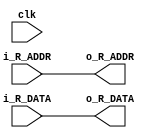
module delay_a_clock(
    input [13:0] i_R_ADDR, 
    input [7:0] i_R_DATA,
    input clk,
    output [7:0] o_R_DATA,
    output [13:0] o_R_ADDR
);

reg [13:0] o_R_ADDR_0,o_R_ADDR_1,o_R_ADDR_2;
reg [7:0] o_R_DATA_0;
//
reg [7:0] o_R_DATA_1, o_R_DATA_2;
//
assign o_R_DATA = o_R_DATA_2;
assign o_R_ADDR = o_R_ADDR_2;
/*
always@(clk) begin
    o_R_ADDR_0 <= i_R_ADDR ;
    o_R_ADDR_1 <= o_R_ADDR_0; 
end

always@(i_R_DATA)begin
    o_R_DATA_0 <= i_R_DATA;
    o_R_ADDR_2 <= o_R_ADDR_1;
end
*/



always@(clk) begin
    o_R_ADDR_0 <= i_R_ADDR ;
    o_R_ADDR_1 <= o_R_ADDR_0;
    o_R_DATA_0 <= i_R_DATA;
    o_R_DATA_1 <= o_R_DATA_0;
end

always@(i_R_DATA)begin
    o_R_DATA_2 <= o_R_DATA_1;
    o_R_ADDR_2 <= o_R_ADDR_1;
end


endmodule